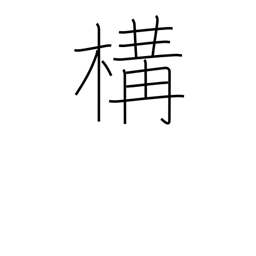
Meaning: posture